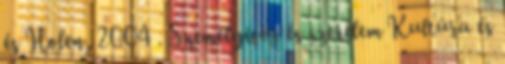
és Holen, 2004 . Személyiség és szerelem Kultúra és